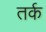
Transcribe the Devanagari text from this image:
तर्क